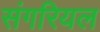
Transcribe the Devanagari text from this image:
संगरियल